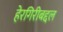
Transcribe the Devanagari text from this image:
हेरगिरीबद्दल